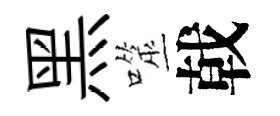
黑噬戟